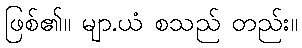
ဖြစ်၏။ မျာ.ယံ စသည် တည်း။